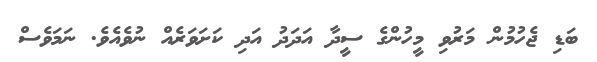
ބަޑި ޖެހުމުން މަރުވި މީހުންގެ ސީދާ އަދަދު އަދި ކަށަވަރެއް ނުވެއެވެ. ނަމަވެސް